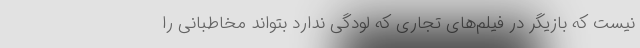
نیست که بازیگر در فیلم‌های تجاری که لودگی ندارد بتواند مخاطبانی را